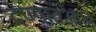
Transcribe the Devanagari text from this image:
देण्यातआले